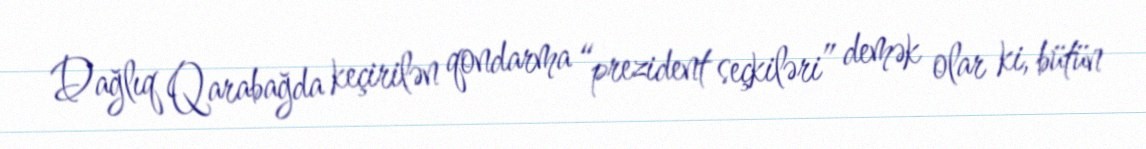
Dağlıq Qarabağda keçirilən qondarma “prezident seçkiləri” demək olar ki, bütün